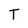
Character: T